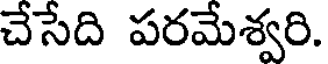
చేసేది పరమేశ్వరి.